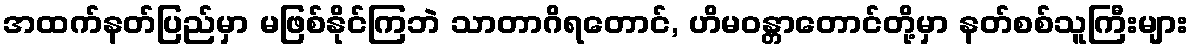
အထက်နတ်ပြည်မှာ မဖြစ်နိုင်ကြဘဲ သာတာဂိရတောင်, ဟိမဝန္တာတောင်တို့မှာ နတ်စစ်သူကြီးများ